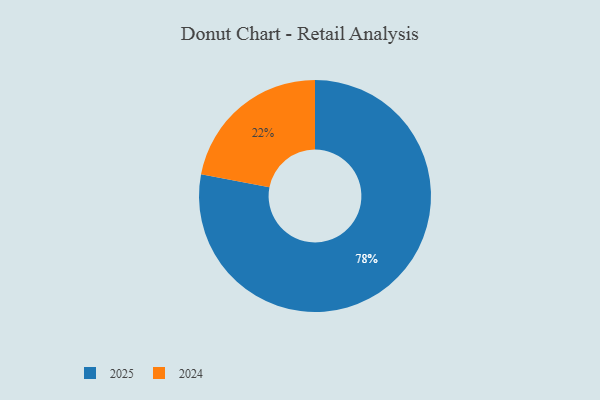
{"axis": {"x": "Category", "y": "Percentage"}, "legend": ["2024", "2025"], "data": [{"x": "2024", "y": 22, "type": "2024"}, {"x": "2025", "y": 78, "type": "2025"}]}